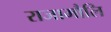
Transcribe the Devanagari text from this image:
राजामौलि